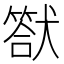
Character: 𤡿